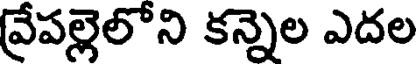
వ్రేపల్లెలోని కన్నెల ఎదల